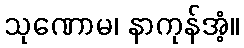
သုဏောမ၊ နာကုန်အံ့။